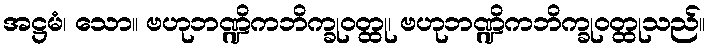
အဋ္ဌမံ၊ သော။ ဗဟုဘဏ္ဍိကဘိက္ခုဝတ္ထု၊ ဗဟုဘဏ္ဍိကဘိက္ခုဝတ္ထုသည်။